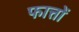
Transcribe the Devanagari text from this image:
फात्तों